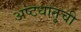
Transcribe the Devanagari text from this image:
अष्टधातूची